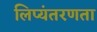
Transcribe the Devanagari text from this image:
लिप्यंतरणता